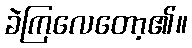
ခဲကြလေတော့၏။